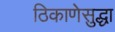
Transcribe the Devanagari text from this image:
ठिकाणेसुद्धा